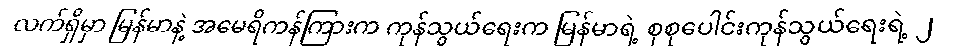
လက်ရှိမှာ မြန်မာနဲ့ အမေရိကန်ကြားက ကုန်သွယ်ရေးက မြန်မာရဲ့ စုစုပေါင်းကုန်သွယ်ရေးရဲ့ ၂